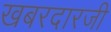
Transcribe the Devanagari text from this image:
खबरदारजी